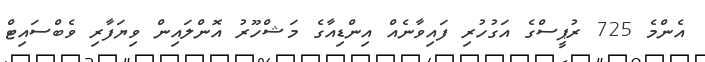
އެންމެ 725 ރުޕީސްގެ އަގުހުރި ފައިވާނެއް އިންޑިއާގެ މަޝްހޫރު އޮންލައިން ވިޔަފާރި ވެބްސައިޓް